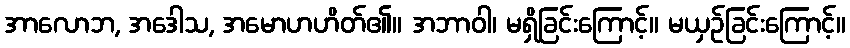
အာလောဘ, အဒေါသ, အမောဟဟိတ်၏။ အဘာဝါ၊ မရှိခြင်းကြောင့်။ မယှဉ်ခြင်းကြောင့်။